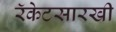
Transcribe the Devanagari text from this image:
रॅकेटसारखी